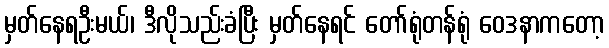
မှတ်နေရဦးမယ်၊ ဒီလိုသည်းခံပြီး မှတ်နေရင် တော်ရုံတန်ရုံ ဝေဒနာကတော့